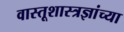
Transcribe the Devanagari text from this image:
वास्तूशास्त्रज्ञांच्या